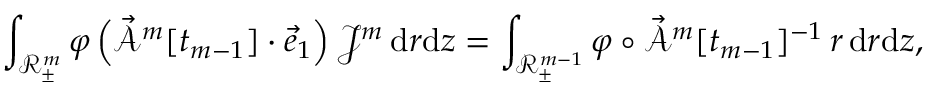
\int _ { \mathscr { R } _ { \pm } ^ { m } } \varphi \, \Bigl ( \mathcal { \vec { A } } ^ { m } [ t _ { m - 1 } ] \cdot \vec { e } _ { 1 } \Bigr ) \, \mathcal { J } ^ { m } \, \mathrm { d } r \mathrm { d } z = \int _ { \mathscr { R } _ { \pm } ^ { m - 1 } } \varphi \circ \mathcal { \vec { A } } ^ { m } [ t _ { m - 1 } ] ^ { - 1 } \, r \, \mathrm { d } r \mathrm { d } z ,